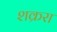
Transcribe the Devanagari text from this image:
शक्ररा